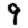
Digit: 9